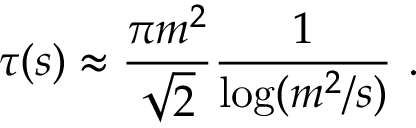
\tau ( s ) \approx \frac { \pi m ^ { 2 } } { \sqrt { 2 } } \frac { 1 } { \log ( m ^ { 2 } / s ) } \ .